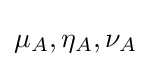
\mu _{A},\eta _{A},\nu _{A}